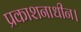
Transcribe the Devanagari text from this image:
प्रकाशनाधीन।